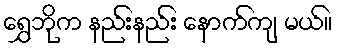
ရွှေဘိုက နည်းနည်း နောက်ကျ မယ်။